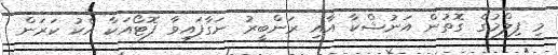
މި ފިލްމުގެ ގޮތުން އަނުޝްކާ އާއި ރަންބީރު ނަގާފައިވާ ފޮޓޯއަކާ އެކު ކަރަން